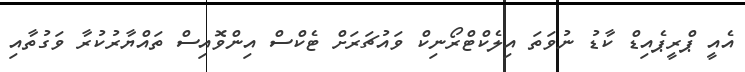
އެއީ ޕްރީޕެއިޑް ކާޑު ނުވަތަ އިލެކްޓްރޯނިކް ވައުޗަރަށް ޓެކްސް އިންވޮއިސް ތައްޔާރުކުރާ ވަގުތާއި